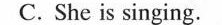
C. She is singing.